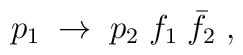
p_1 \; \to \; p_2 \;  f_1 \;\bar f_2\;,